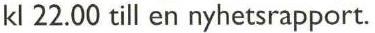
kl 22.00 till en nyhetsrapport.